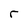
Character: r